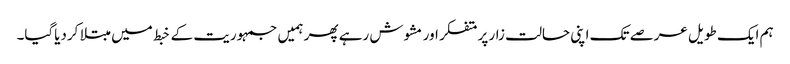
ہم ایک طویل عرصے تک اپنی حالت زار پر متفکر اور مشوش رہے پھر ہمیں جمہوریت کے خبط میں مبتلا کردیاگیا۔